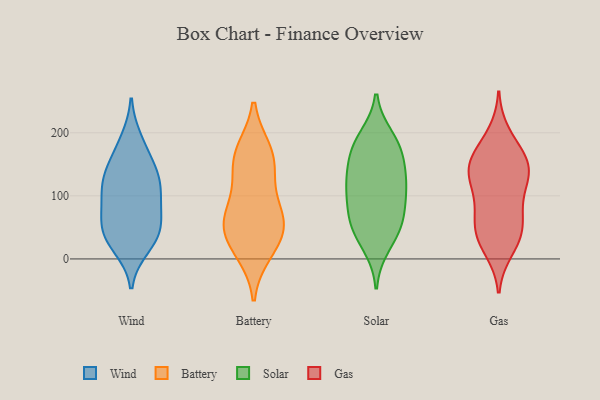
{"axis": {"x": "Operating Costs (USD K)", "y": "Value"}, "legend": ["Battery", "Gas", "Solar", "Wind"], "data": [{"x": "", "y": 27, "type": "Wind"}, {"x": "", "y": 42, "type": "Wind"}, {"x": "", "y": 137, "type": "Wind"}, {"x": "", "y": 91, "type": "Wind"}, {"x": "", "y": 81, "type": "Wind"}, {"x": "", "y": 43, "type": "Wind"}, {"x": "", "y": 189, "type": "Wind"}, {"x": "", "y": 172, "type": "Wind"}, {"x": "", "y": 113, "type": "Wind"}, {"x": "", "y": 139, "type": "Wind"}, {"x": "", "y": 19, "type": "Wind"}, {"x": "", "y": 47, "type": "Wind"}, {"x": "", "y": 129, "type": "Wind"}, {"x": "", "y": 112, "type": "Wind"}, {"x": "", "y": 66, "type": "Wind"}, {"x": "", "y": 152, "type": "Battery"}, {"x": "", "y": 53, "type": "Battery"}, {"x": "", "y": 50, "type": "Battery"}, {"x": "", "y": 169, "type": "Battery"}, {"x": "", "y": 171, "type": "Battery"}, {"x": "", "y": 89, "type": "Battery"}, {"x": "", "y": 20, "type": "Battery"}, {"x": "", "y": 65, "type": "Battery"}, {"x": "", "y": 56, "type": "Battery"}, {"x": "", "y": 11, "type": "Battery"}, {"x": "", "y": 132, "type": "Battery"}, {"x": "", "y": 49, "type": "Solar"}, {"x": "", "y": 70, "type": "Solar"}, {"x": "", "y": 102, "type": "Solar"}, {"x": "", "y": 63, "type": "Solar"}, {"x": "", "y": 108, "type": "Solar"}, {"x": "", "y": 179, "type": "Solar"}, {"x": "", "y": 132, "type": "Solar"}, {"x": "", "y": 132, "type": "Solar"}, {"x": "", "y": 48, "type": "Solar"}, {"x": "", "y": 171, "type": "Solar"}, {"x": "", "y": 192, "type": "Solar"}, {"x": "", "y": 22, "type": "Solar"}, {"x": "", "y": 116, "type": "Solar"}, {"x": "", "y": 173, "type": "Solar"}, {"x": "", "y": 24, "type": "Gas"}, {"x": "", "y": 52, "type": "Gas"}, {"x": "", "y": 146, "type": "Gas"}, {"x": "", "y": 98, "type": "Gas"}, {"x": "", "y": 14, "type": "Gas"}, {"x": "", "y": 39, "type": "Gas"}, {"x": "", "y": 67, "type": "Gas"}, {"x": "", "y": 104, "type": "Gas"}, {"x": "", "y": 127, "type": "Gas"}, {"x": "", "y": 142, "type": "Gas"}, {"x": "", "y": 153, "type": "Gas"}, {"x": "", "y": 40, "type": "Gas"}, {"x": "", "y": 67, "type": "Gas"}, {"x": "", "y": 157, "type": "Gas"}, {"x": "", "y": 180, "type": "Gas"}, {"x": "", "y": 148, "type": "Gas"}, {"x": "", "y": 198, "type": "Gas"}, {"x": "", "y": 131, "type": "Gas"}]}